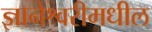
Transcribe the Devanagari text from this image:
ज्ञानेश्वरीमधील